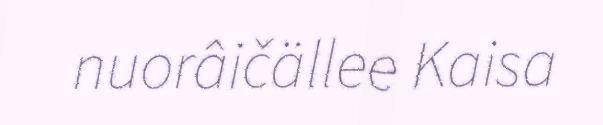
nuorâičällee Kaisa